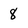
Character: 8